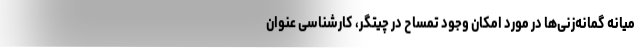
میانه گمانه‌زنی‌ها در مورد امکان وجود تمساح در چیتگر، کارشناسی عنوان